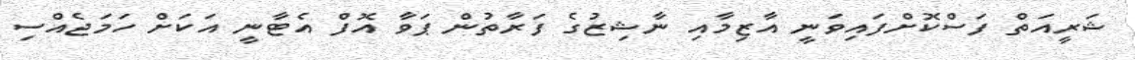
ޝަރީއަތް ފަސްކޮށްފައިވަނީ އާޒިމާއި ނާޝިޒުގެ ފަރާތުން ޕަވާ އޮފް އެޓާނީ އަކަށް ހަމަޖެއްސި